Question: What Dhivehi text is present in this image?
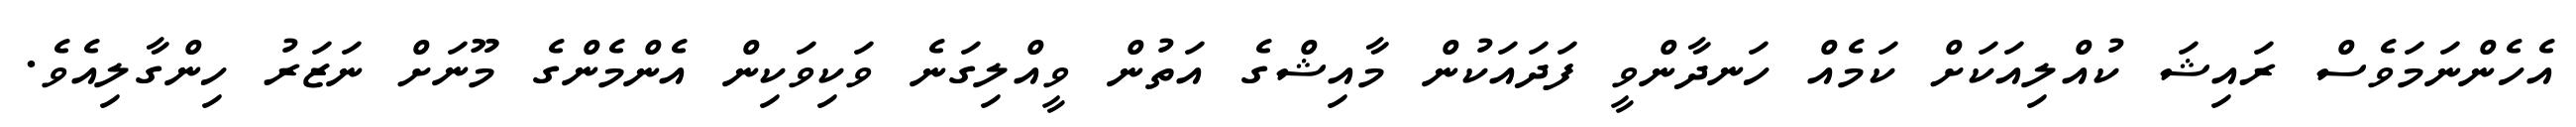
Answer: އެހެންނަމަވެސް ރައިޝަ ކުއްލިއަކަށް ކަމެއް ހަނދާންވީ ފަދައަކުން މާއިޝްގެ އަތުން ވީއްލިގަނެ ވަކިވަކިން އެންމެންގެ މޫނަށް ނަޒަރު ހިންގާލިއެވެ.